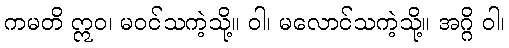
ကမတိ ဣဝ၊ မဝင်သကဲ့သို့။ ဝါ၊ မလောင်သကဲ့သို့။ အဂ္ဂိ ဝါ၊